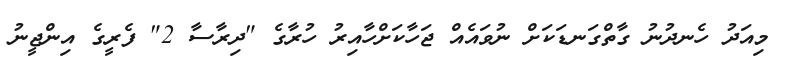
މިއަދު ހެނދުނު ގާތްގަނޑަކަށް ނުވައެއް ޖަހާކަށްހާއިރު ހުރާގެ "ދިރާސާ 2" ފެރީގެ އިންޖީނު